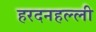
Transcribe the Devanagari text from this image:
हरदनहल्ली